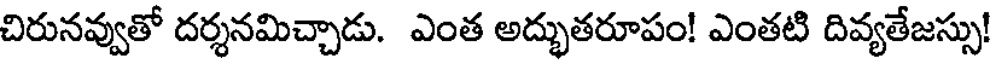
చిరునవ్వుతో దర్శనమిచ్చాడు. ఎంత అద్భుతరూపం! ఎంతటి దివ్యతేజస్సు!